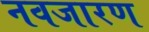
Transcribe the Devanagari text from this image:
नवजारण